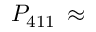
P _ { 4 1 1 } \, \approx